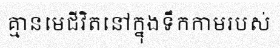
គ្មានមេជីវិតនៅក្នុងទឹកកាមរបស់